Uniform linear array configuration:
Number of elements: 8
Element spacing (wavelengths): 0.5
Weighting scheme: binomial
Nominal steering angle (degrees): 0
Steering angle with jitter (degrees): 1.357
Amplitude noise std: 0.05
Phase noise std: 0.05

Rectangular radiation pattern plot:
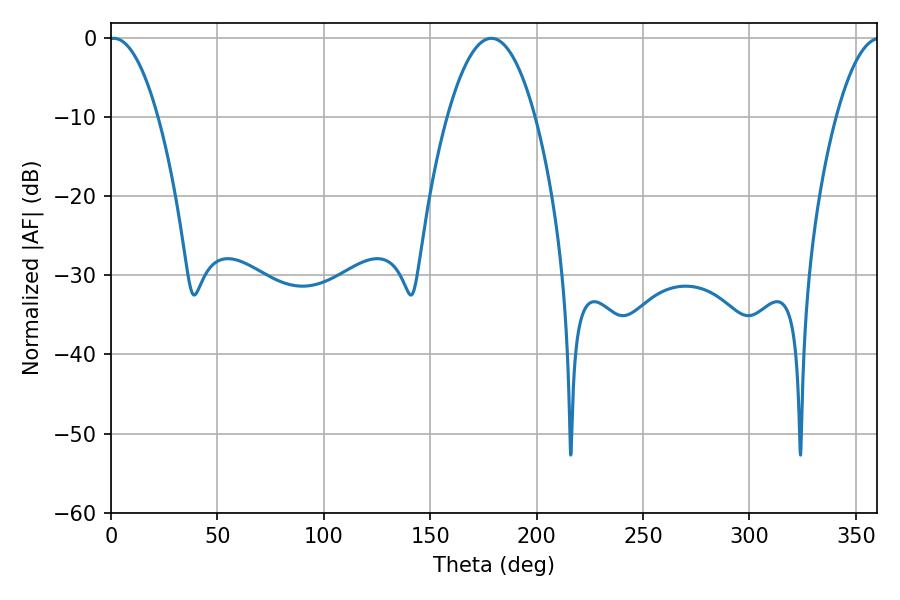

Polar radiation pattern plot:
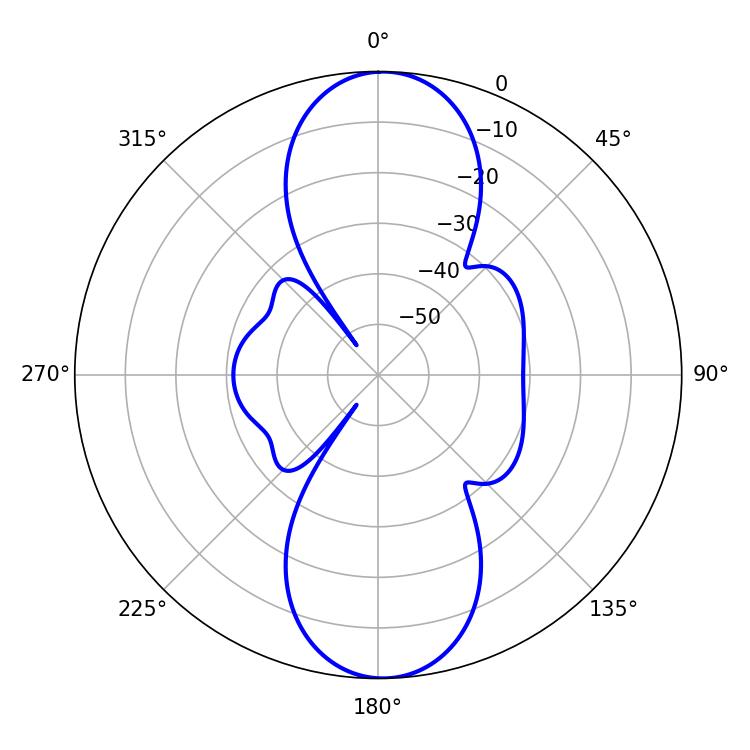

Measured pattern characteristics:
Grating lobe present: FALSE
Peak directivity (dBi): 19.827
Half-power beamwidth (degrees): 12.6
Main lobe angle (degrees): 1.26